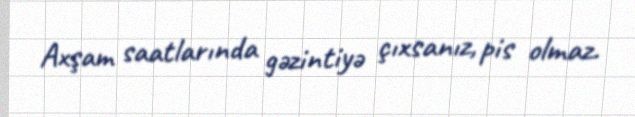
Axşam saatlarında gəzintiyə çıxsanız, pis olmaz.